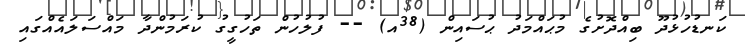
ކަނޑުހުޅުދޫ ބިއްދޮށުގެ މުޙައްމަދު ޙުސައިން (38އ) -- ފުލުހުން ތަހުގީގު ކުރަމުންދާ މައްސަލައެއްގައި